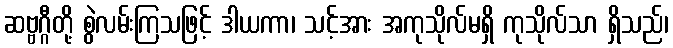
ဆဗ္ဗဂ္ဂီတို့ စွဲလမ်းကြသဖြင့် ဒါယကာ၊ သင့်အား အကုသိုလ်မရှိ ကုသိုလ်သာ ရှိသည်၊